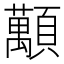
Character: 𧄴